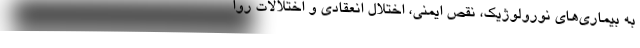
به بیماری‌های نورولوژیک، نقص ایمنی، اختلال انعقادی و اختلالات روا